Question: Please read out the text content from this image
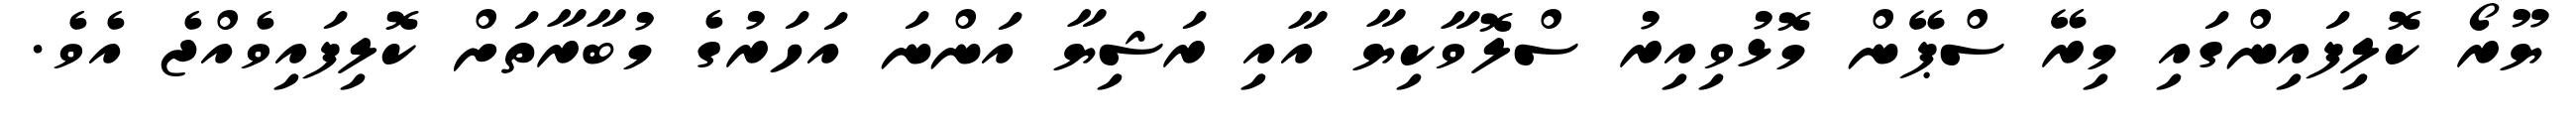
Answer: ޔޫރޯ ކޮލިފައިންގައި މިރޭ ސްޕޭން މޮޅުވިއިރު ސްލޮވާކިޔާ އާއި ރަޝިޔާ އަންނަ އަހަރުގެ މުބާރާތަށް ކޮލިފައިވެއްޖެ އެވެ.